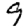
Digit: 9